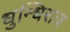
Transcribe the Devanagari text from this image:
धुन्धिराज